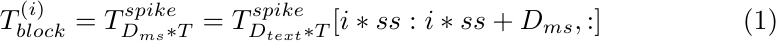
\begin{equation}
T^{(i)}_{block}=T^{spike}_{D_{ms}*T}=T^{spike}_{D_{text}*T}[i*ss:i*ss+D_{ms}, :]
\end{equation}